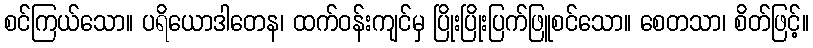
စင်ကြယ်သော။ ပရိယောဒါတေန၊ ထက်ဝန်းကျင်မှ ပြိုးပြိုးပြက်ဖြူစင်သော။ စေတသာ၊ စိတ်ဖြင့်။